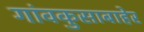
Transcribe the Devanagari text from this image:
गांवकुसाबाहेर